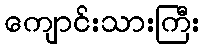
ကျောင်းသားကြီး